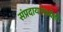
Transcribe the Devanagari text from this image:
संप्रदायामध्येही